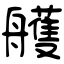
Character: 艧